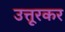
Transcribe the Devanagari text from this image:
उत्तूरकर